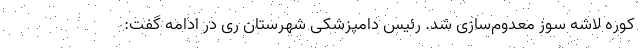
کوره لاشه سوز معدوم‌سازی شد. رئیس دامپزشکی شهرستان ری در ادامه گفت: